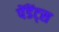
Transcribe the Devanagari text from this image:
पेंडेंट्स